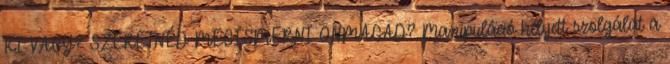
KI VAGY? SZERETNÉD MEGISMERNI ÖNMAGAD? Manipuláció helyett szolgálat a